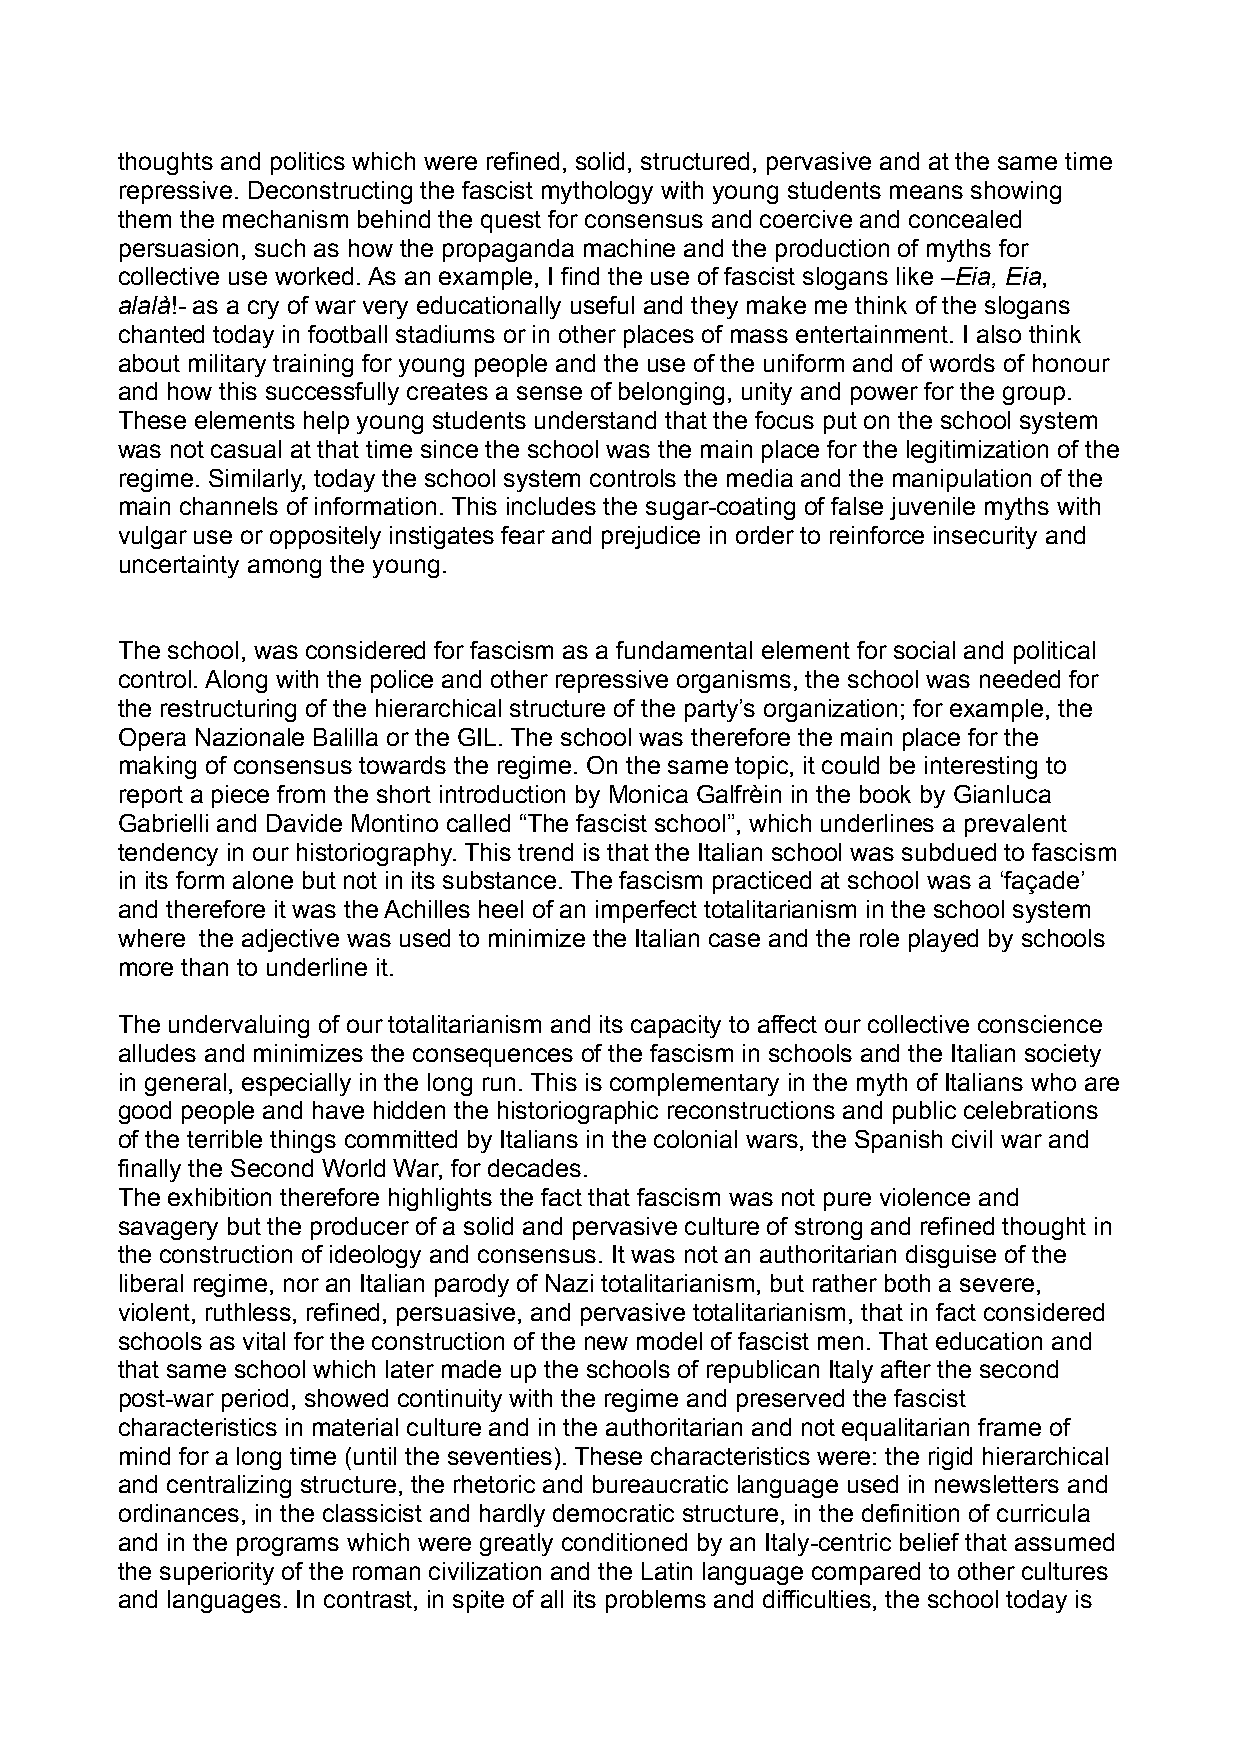
thoughts and politics which were refined, solid, structured, pervasive and at the same time
 repressive. Deconstructing the fascist mythology with young students means showing
 them the mechanism behind the quest for consensus and coercive and concealed
 persuasion, such as how the propaganda machine and the production of myths for
 collective use worked. As an example, I find the use of fascist slogans like –Eia, Eia,
 alalà!- as a cry of war very educationally useful and they make me think of the slogans
 chanted today in football stadiums or in other places of mass entertainment. I also think
 about military training for young people and the use of the uniform and of words of honour
 and how this successfully creates a sense of belonging, unity and power for the group.
 These elements help young students understand that the focus put on the school system
 was not casual at that time since the school was the main place for the legitimization of the
 regime. Similarly, today the school system controls the media and the manipulation of the
 main channels of information. This includes the sugar-coating of false juvenile myths with
 vulgar use or oppositely instigates fear and prejudice in order to reinforce insecurity and
 uncertainty among the young.
 The school, was considered for fascism as a fundamental element for social and political
 control. Along with the police and other repressive organisms, the school was needed for
 the restructuring of the hierarchical structure of the party’s organization; for example, the
 Opera Nazionale Balilla or the GIL. The school was therefore the main place for the
 making of consensus towards the regime. On the same topic, it could be interesting to
 report a piece from the short introduction by Monica Galfrèin in the book by Gianluca
 Gabrielli and Davide Montino called “The fascist school”, which underlines a prevalent
 tendency in our historiography. This trend is that the Italian school was subdued to fascism
 in its form alone but not in its substance. The fascism practiced at school was a ‘façade’
 and therefore it was the Achilles heel of an imperfect totalitarianism in the school system
 where the adjective was used to minimize the Italian case and the role played by schools
 more than to underline it.
 The undervaluing of our totalitarianism and its capacity to affect our collective conscience
 alludes and minimizes the consequences of the fascism in schools and the Italian society
 in general, especially in the long run. This is complementary in the myth of Italians who are
 good people and have hidden the historiographic reconstructions and public celebrations
 of the terrible things committed by Italians in the colonial wars, the Spanish civil war and
 finally the Second World War, for decades.
 The exhibition therefore highlights the fact that fascism was not pure violence and
 savagery but the producer of a solid and pervasive culture of strong and refined thought in
 the construction of ideology and consensus. It was not an authoritarian disguise of the
 liberal regime, nor an Italian parody of Nazi totalitarianism, but rather both a severe,
 violent, ruthless, refined, persuasive, and pervasive totalitarianism, that in fact considered
 schools as vital for the construction of the new model of fascist men. That education and
 that same school which later made up the schools of republican Italy after the second
 post-war period, showed continuity with the regime and preserved the fascist
 characteristics in material culture and in the authoritarian and not equalitarian frame of
 mind for a long time (until the seventies). These characteristics were: the rigid hierarchical
 and centralizing structure, the rhetoric and bureaucratic language used in newsletters and
 ordinances, in the classicist and hardly democratic structure, in the definition of curricula
 and in the programs which were greatly conditioned by an Italy-centric belief that assumed
 the superiority of the roman civilization and the Latin language compared to other cultures
 and languages. In contrast, in spite of all its problems and difficulties, the school today is